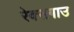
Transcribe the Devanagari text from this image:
रेक्सगाउ